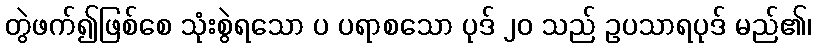
တွဲဖက်၍ဖြစ်စေ သုံးစွဲရသော ပ ပရာစသော ပုဒ် ၂၀ သည် ဥပသာရပုဒ် မည်၏၊